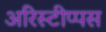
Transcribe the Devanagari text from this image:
अरिस्टीप्पस